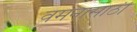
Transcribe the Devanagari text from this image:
वमनासाठी